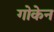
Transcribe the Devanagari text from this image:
गोकेन